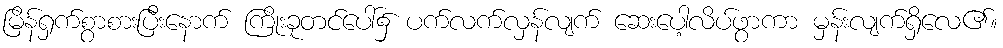
မြိန်ရှက်စွာစားပြီးနောက် ကြိုးခုတင်ပေါ်၌ ပက်လက်လှန်လျက် ဆေးပေါ့လိပ်ဖွာကာ မှန်းလျက်ရှိလေ၏။